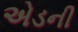
એડની